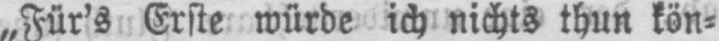
„Für’s Erste würde ich nichts thun kön⸗